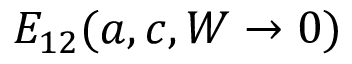
E _ { 1 2 } ( a , c , W \rightarrow 0 )